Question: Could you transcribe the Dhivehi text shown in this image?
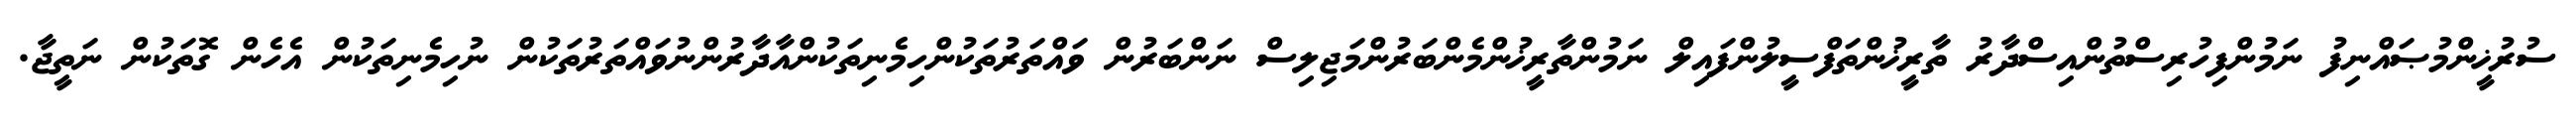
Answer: ސުރުޚީންމުޞައްނިފު ނަމުންފިހުރިސްތުންއިސްދާރު ތާރީޚުންތަފްސީލުންފައިލް ނަމުންތާރީޚުންމެންބަރުންމަޖިލިސް ނަންބަރުން ވައްތަރުތަކުންހިމެނިތަކުންއާދާރުންނުވައްތަރުތަކުން ނުހިމެނިތަކުން އެހެން ގޮތަކުން ނަތީޖާ.